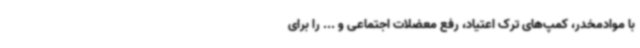
با موادمخدر، کمپ‌های ترک اعتیاد، رفع معضلات اجتماعی و ... را برای